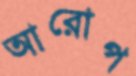
আরোপ